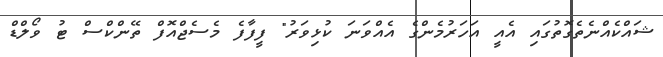
ޝައްކެއްނެތެގޮތުގައި އެއީ އަހަރުމެންގެ އެއްވަނަ ކުޅިވަރު" ފީފާފެ މެސެޖްއޮފް ތޭންކްސް ޓު ވޯލްޑް